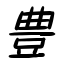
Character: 豊